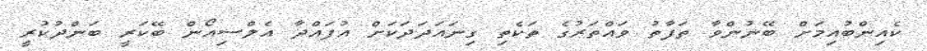
ކެއިންބުއިމަށް ބޭނުންވާ ތަފާތު ވައްތަރުގެ ތަކެތި ގިނައަދަދަކަށް އުފައްދާ އެލްސިއޯން ބޭކަރީ ބަންދުކުރީ